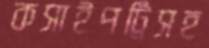
কসাইপট্টিসহ